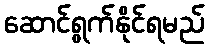
ဆောင်ရွက်နိုင်ရမည်